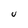
Character: u